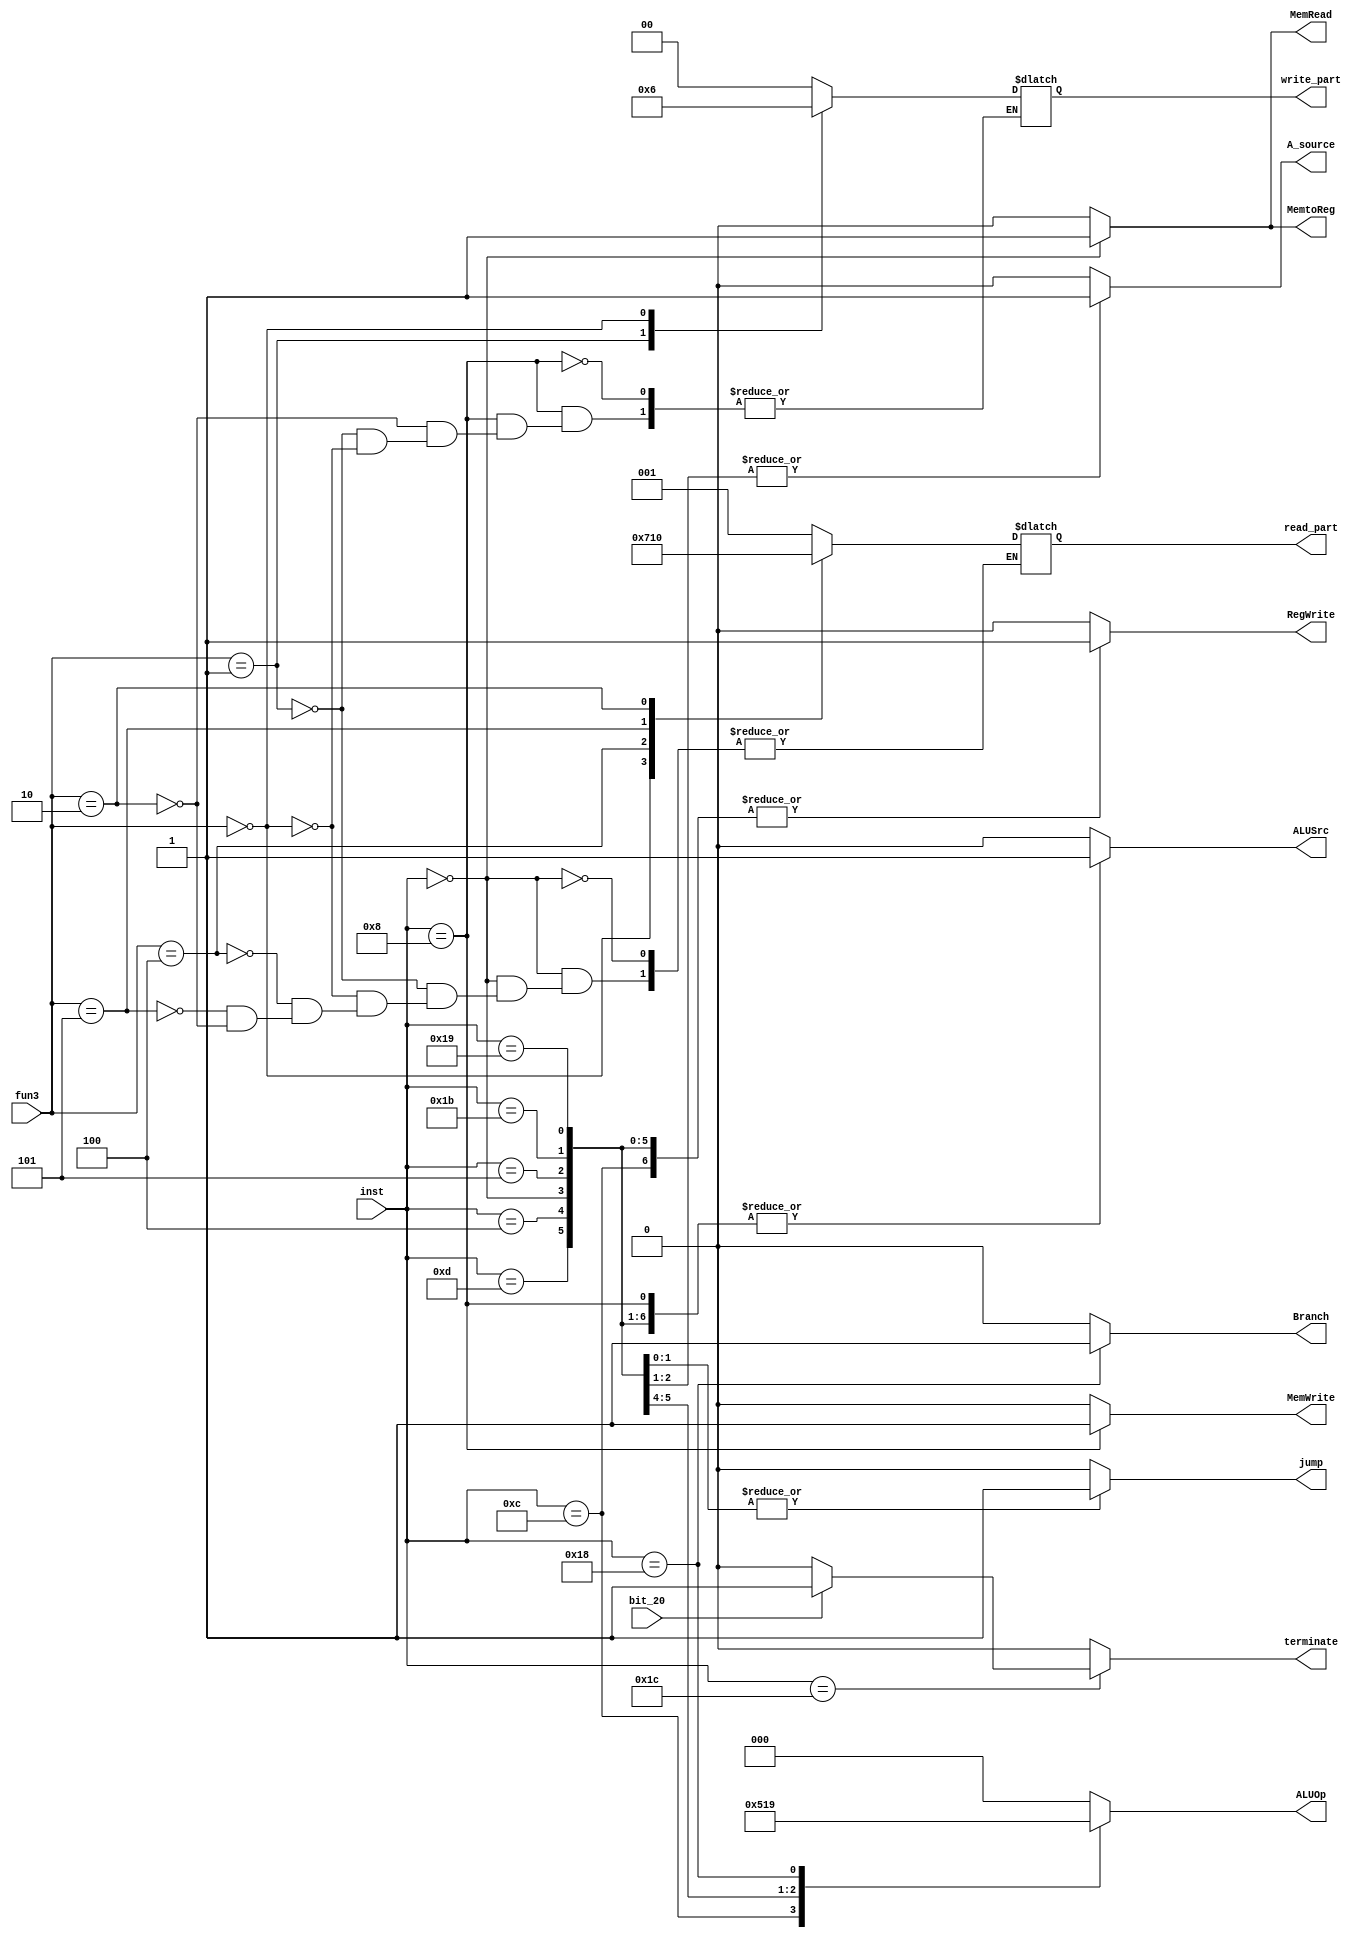
`timescale 1ns / 1ps
//////////////////////////////////////////////////////////////////////////////////
// Company: 
// Engineer: 
// 
// Design Name: 
// Module Name: CU
// Project Name: 
// Target Devices: 
// Tool Versions: 
// Description: 
// 
// Dependencies: 
// 
// Revision:
// Revision 0.01 - File Created
// Additional Comments:
// 
//////////////////////////////////////////////////////////////////////////////////


module CU(input [4:0]inst, input[2:0] fun3, input bit_20, output reg Branch, output reg MemRead, output reg MemtoReg,
output reg[2:0] ALUOp, output reg MemWrite, output reg ALUSrc, output reg RegWrite, output reg[2:0] read_part, output reg [1:0] write_part,
 output reg terminate, output reg A_source, output reg jump);
always@(*)begin
case(inst)
5'b01100: begin
Branch = 0; 
 MemRead = 0; 
 MemtoReg = 0; 
 ALUOp = 010; 
 MemWrite = 0;
 ALUSrc = 0; 
 RegWrite = 1;
 terminate = 0;
 A_source = 0;
 jump = 0;
end

5'b01101: begin
Branch = 0; 
 MemRead = 0; 
 MemtoReg = 0; 
 ALUOp = 100; 
 MemWrite = 0;
 ALUSrc = 1; 
 RegWrite = 1;
 terminate = 0;
  A_source = 0;
   jump = 0;

end

5'b11100: begin
if (bit_20 == 0) begin 
Branch = 0; 
 MemRead = 0; 
 MemtoReg = 0; 
 ALUOp = 000; 
 MemWrite = 0;
 ALUSrc = 0; 
 RegWrite = 0;
 terminate = 0;
 A_source = 0;
  jump = 0;

 end
 else begin
 Branch = 0; 
 MemRead = 0; 
 MemtoReg = 0; 
 ALUOp = 000; 
 MemWrite = 0;
 ALUSrc = 0; 
 RegWrite = 0;
 terminate = 1;
  A_source = 0;
      jump = 0;


 end
end
5'b00011: begin
Branch = 0; 
 MemRead = 0; 
 MemtoReg = 0; 
 ALUOp = 000; 
 MemWrite = 0;
 ALUSrc = 0; 
 RegWrite = 0;
 terminate = 0;
 A_source = 0;
   jump = 0;

end
5'b00100: begin
Branch = 0; 
MemRead = 0; 
MemtoReg = 0; 
ALUOp = 011; 
MemWrite = 0;
ALUSrc = 1; 
RegWrite = 1;
terminate = 0;
A_source = 0;
jump = 0;

end
5'b00000: begin
Branch = 0; 
MemRead = 1; 
MemtoReg = 1; 
ALUOp = 000; 
MemWrite = 0;
ALUSrc = 1; 
RegWrite = 1;
terminate = 0;
 A_source = 0;
   jump = 0;

 case (fun3)
3'b001: read_part = 1;
3'b000: read_part = 3;
3'b100: read_part = 4;
3'b101: read_part = 2;
3'b010: read_part = 0;
 
 endcase
end
5'b01000: begin
 Branch = 0; 
 MemRead = 0; 
 MemtoReg = 0; 
 ALUOp = 000; 
 MemWrite = 1;
 ALUSrc = 1; 
 RegWrite = 0;
 terminate = 0;
 A_source = 0;
   jump = 0;

  case (fun3)
3'b010: write_part = 0;
3'b001: write_part = 1;
3'b000: write_part = 2;

 
 endcase
end
5'b11000: begin
 Branch = 1; 
 MemRead = 0; 
 MemtoReg = 0; 
 ALUOp = 001; 
 MemWrite = 0;
 ALUSrc = 0; 
 RegWrite = 0;
 terminate = 0;
 A_source = 0;
   jump = 0;

end
5'b00101: begin
 Branch = 0; 
 MemRead = 0; 
 MemtoReg = 0; 
 ALUOp = 000; 
 MemWrite = 0;
 ALUSrc = 1; 
 RegWrite = 1;
 terminate = 0;
 A_source = 1;
   jump = 0;

end

5'b11011: begin
 Branch = 0; 
 MemRead = 0; 
 MemtoReg = 0; 
 ALUOp = 000; 
 MemWrite = 0;
 ALUSrc = 1; 
 RegWrite = 1;
 terminate = 0;
 A_source = 1;
   jump = 1;

end

5'b11001: begin
 Branch = 0; 
 MemRead = 0; 
 MemtoReg = 0; 
 ALUOp = 000; 
 MemWrite = 0;
 ALUSrc = 1; 
 RegWrite = 1;
 terminate = 0;
 A_source = 0;
   jump = 1;

end
default: begin
 Branch = 0; 
 MemRead = 0; 
 MemtoReg = 0; 
 ALUOp = 000; 
 MemWrite = 0;
 ALUSrc = 0; 
 RegWrite = 0;
   terminate = 0;
 A_source = 0;
   jump = 0;

end

endcase
end
endmodule